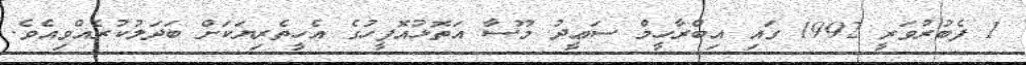
1 ފެބުރުވަރީ 1992 ގައި އިބްރާހީމް ސަޢީދު މޫސާ އަތޮޅުއޮފީހުގެ އެހީތެރިޔަކަށް ބަދަލުކުރެއްވިއެވެ.